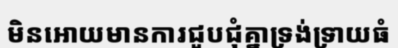
មិនអោយមានការជួបជុំគ្នាទ្រង់ទ្រាយធំ